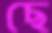
ছে